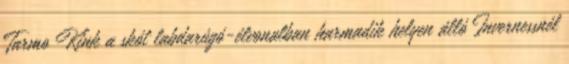
Tarmo Kink a skót labdarúgó-élvonalban harmadik helyen álló Invernessnél